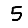
Digit: 5